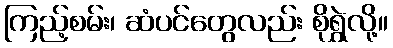
ကြည့်စမ်း၊ ဆံပင်တွေလည်း စိုရွှဲလို့။